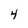
Character: 4